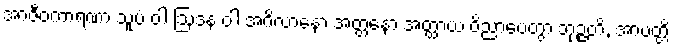
အာဇီဝကာရဏာ သူပံ ဝါ ဩဒနံ ဝါ အဂိလာနော အတ္တနော အတ္ထာယ ဝိညာပေတွာ ဘုဉ္ဇတိ, အာပတ္တိ